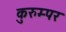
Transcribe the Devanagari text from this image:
कुरुम्पर